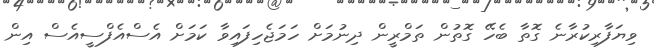
ވިޔަފާރިކުރާނެ ގޮތާ ބެހޭ ގޮތުން ތަމްރީން ދިނުމަށް ހަމަޖެހިފައިވާ ކަމަށް އެސްއެފްސީއެސް އިން